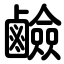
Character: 鹼